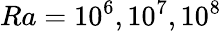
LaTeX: Ra=10^{6},10^{7},10^{8}